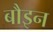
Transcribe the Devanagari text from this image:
बौइन